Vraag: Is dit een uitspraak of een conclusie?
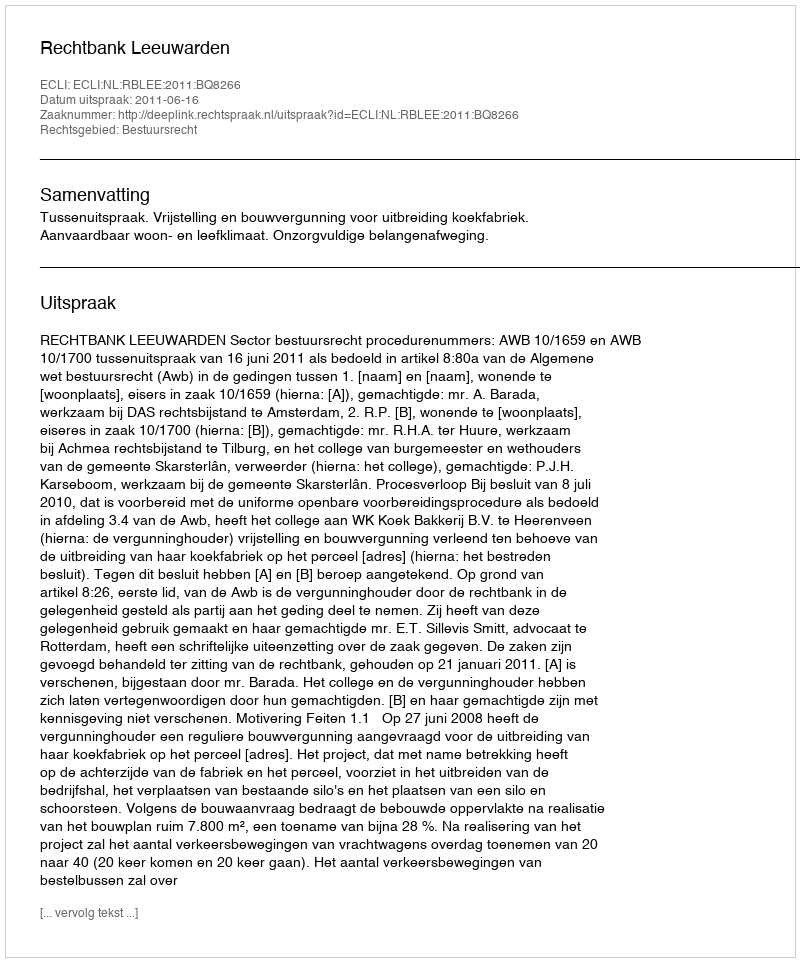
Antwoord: Uitspraak